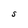
Character: S